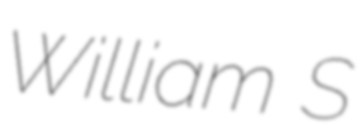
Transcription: William S